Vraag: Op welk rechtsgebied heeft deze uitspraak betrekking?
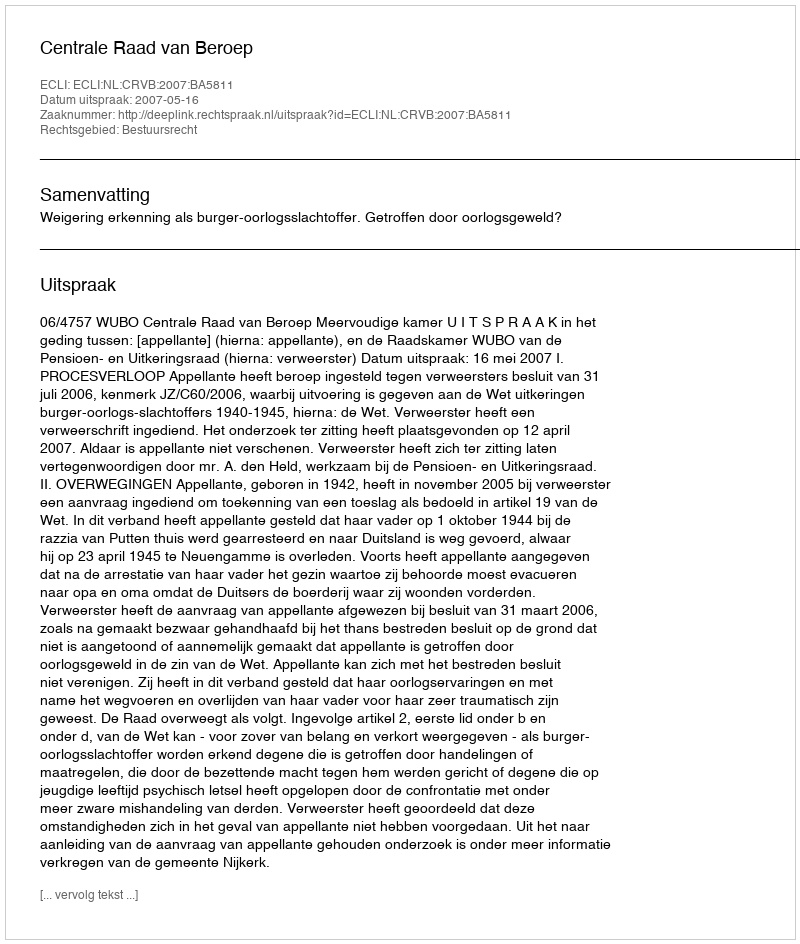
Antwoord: Bestuursrecht